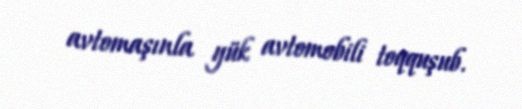
avtomaşınla yük avtomobili toqquşub.